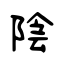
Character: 陰